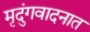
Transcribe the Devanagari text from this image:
मृदुंगवादनात